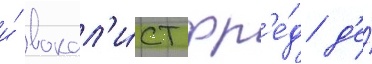
и́ вокал'и́ст фр'е́д д'е́